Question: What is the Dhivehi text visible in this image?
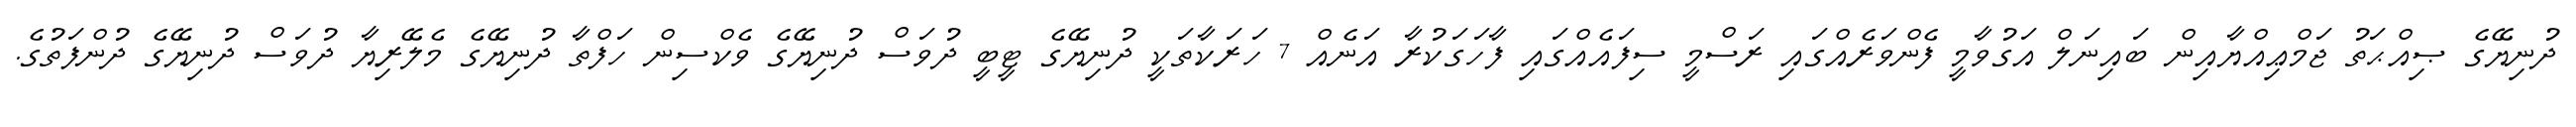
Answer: ދުނިޔޭގެ ޞިއްޙަތު ޖަމްޢިއްޔާއިން ބައިނަލް އަގުވާމީ ފެންވަރެއްގައި ރަސްމީ ސިފައެއްގައި ފާހަގަކުރާ އަނެއް 7 ހަރަކާތަކީ ދުނިޔޭގެ ޓީބީ ދުވަސް ދުނިޔޭގެ ވެކްސިން ހަފްތާ ދުނިޔޭގެ މެލޭރިޔާ ދުވަސް ދުނިޔޭގެ ދުންފަތުގެ.